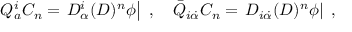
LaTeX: Q _ { a } ^ { i } C _ { n } = \left. D _ { \alpha } ^ { i } ( D ) ^ { n } { \phi } \right| \ , \quad { \bar { Q } } _ { i { \dot { \alpha } } } C _ { n } = \left. D _ { i { \dot { \alpha } } } ( D ) ^ { n } { \phi } \right| \ ,